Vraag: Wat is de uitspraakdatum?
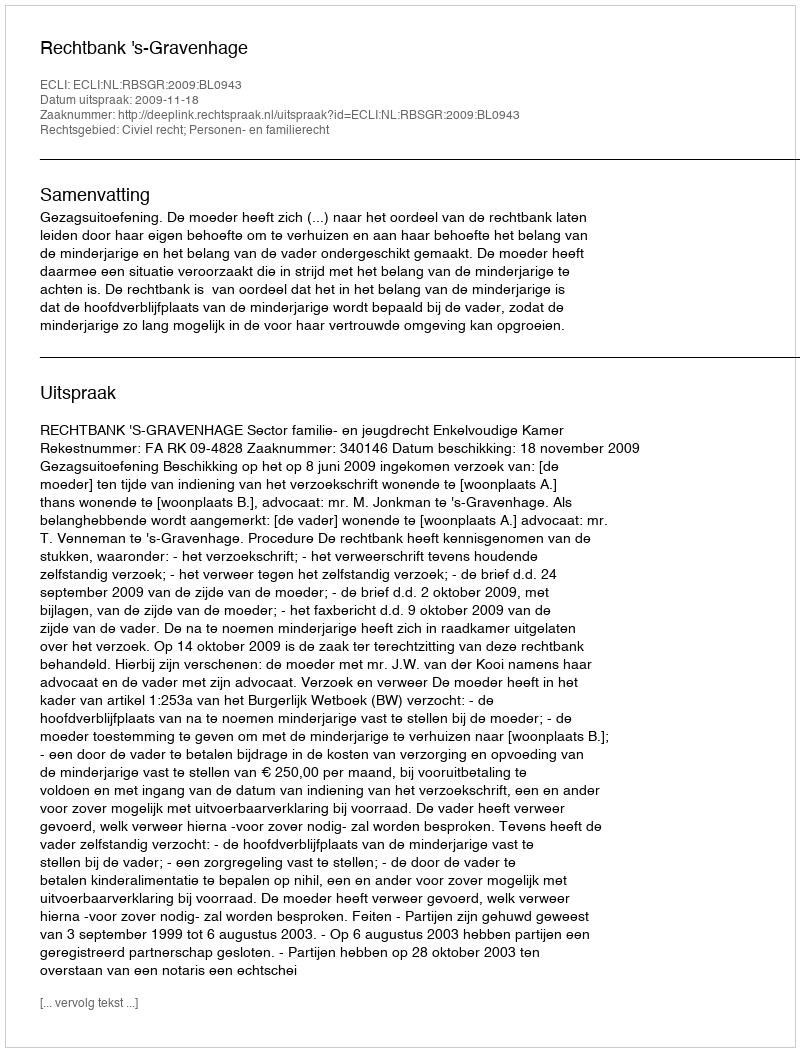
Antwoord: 2009-11-18